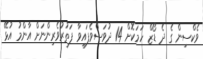
ވެކްސިން ގެ ދެ ޑޯޒް ހަމަކޮށް 14 ދުވަސްވެފައިވާ ފަތުރުވެރިންނަށް އާންމު އުޅޭ